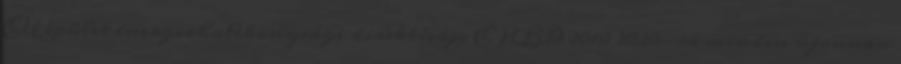
EU épület energiahatékonysági direktívája EPBD 2010 2020-ra minden újonnan